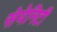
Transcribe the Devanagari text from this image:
सेयेनिटी